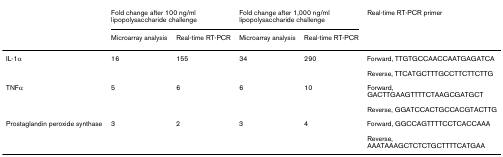
<table><thead><tr><td></td><td colspan="2"><b>Fold change after 100 ng/ml lipopolysaccharide challenge</b></td><td colspan="2"><b>Fold change after 1,000 ng/ml lipopolysaccharide challenge</b></td><td><b>Real-time RT-PCR primer</b></td></tr><tr><td></td><td><b>Microarray analysis</b></td><td><b>Real-time RT-PCR</b></td><td><b>Microarray analysis</b></td><td><b>Real-time RT-PCR</b></td><td></td></tr></thead><tbody><tr><td>IL-1α</td><td>16</td><td>155</td><td>34</td><td>290</td><td>Forward, TTGTGCCAACCAATGAGATCA</td></tr><tr><td></td><td></td><td></td><td></td><td></td><td>Reverse, TTCATGCTTTGCCTTCTTCTTG</td></tr><tr><td>TNFα</td><td>5</td><td>6</td><td>6</td><td>10</td><td>Forward, GACTTGAAGTTTTCTAAGCGATGCT</td></tr><tr><td></td><td></td><td></td><td></td><td></td><td>Reverse, GGATCCACTGCCACGTACTTG</td></tr><tr><td>Prostaglandin peroxide synthase</td><td>3</td><td>2</td><td>3</td><td>4</td><td>Forward, GGCCAGTTTTCCTCACCAAA</td></tr><tr><td></td><td></td><td></td><td></td><td></td><td>Reverse, AAATAAAGCTCTCTGCTTTTCATGAA</td></tr></tbody></table>